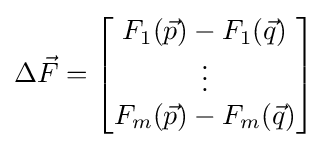
\Delta {\vec {F}}={\begin{bmatrix}F_{1}({\vec {p}})-F_{1}({\vec {q}})\\\vdots \\F_{m}({\vec {p}})-F_{m}({\vec {q}})\end{bmatrix}}